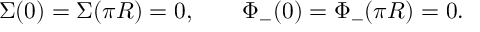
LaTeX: \Sigma ( 0 ) = \Sigma ( \pi R ) = 0 , \qquad \Phi _ { - } ( 0 ) = \Phi _ { - } ( \pi R ) = 0 .